Report on sanitation, dispensaries, and jails in Rajputana for 1913, and on vaccination for the year 1913-1914 - 1913-1914
Year: 1913
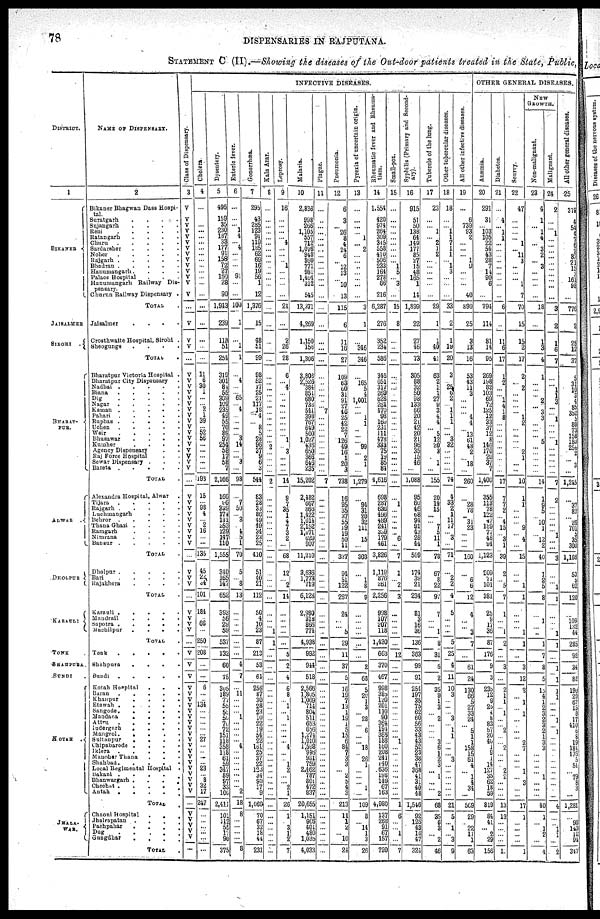
78
DISPENSARIES IN RAJPUTANA.
STATEMENT C (II).—Showing the diseases of the Out-door patients treated in the State, Public,
DISTRICT.
1
BIKANER
JAISALMER
SIROHI
.
BHARAT-
PUR.
ALWAR.
DHOLPUR
KARAULI
TONK .
SHAHPURA.
BUNDI .
KOTAH .
JHALA-
WAR.
NAME OF DISPENSARY.
2
Bikaner Bhagwan Dass Hospi-
tal.
Suratgarh
.
.
.
.
Sujangarh
.
.
.
.
Reni
.
.
.
.
.
Ratangarh
.
.
.
.
Churu
.
.
.
.
.
Sardarsher
. . . .
Noher
.
.
.
.
.
Rajgarh
.
.
.
.
Bhadran
.
.
.
.
.
Hanumangarh. . . .
Palace Hospital . . .
Hanumangarh Railway Dis-
pensary.
Churun Railway Dispensary .
TOTAL .
Jaisalmer
. . . .
Crosthwaite Hospital, Sirohi .
Sheogunge
.
.
.
.
TOTAL
.
Bharatpur Victoria Hospital .
Bharatpur City Dispensary .
Nadbai
.
.
.
.
.
Biana
.
.
.
.
.
Dig
.
.
.
.
.
Nagar
.
.
.
.
.
Kaman
.
.
.
.
.
Pahari
.
.
.
.
.
Rupbas
.
.
.
.
.
Uchen
.
.
.
.
.
Weir
.
.
.
.
.
Bhusawar
.
.
.
.
Kumher
.
.
.
.
Agency Dispensary
Raj Force Hospital . .
Sewar Dispensary .
Bareta
.
.
.
.
TOTAL .
Alexandra Hospital, Alwar .
Tijara
.
.
.
.
.
Rajgarh
.
.
.
.
.
Luchmangarh . . .
Behror
.
.
.
.
.
Thana Ghazi .
.
.
.
Ramgarh
.
.
.
.
Nimrana
. . . .
Bansur
.
.
.
.
.
TOTAL .
Dholpur
.
.
.
.
.
Bari
.
.
.
.
.
Rajakhera
.
.
.
.
TOTAL .
Karauli
.
.
.
.
.
Mandrail
.
.
.
.
Supotra .
.
.
.
.
Machilpur
.
.
.
.
TOTAL .
Tonk
.
.
.
.
.
Shahpura
.
.
.
.
Bundi
.
.
.
.
.
Kotah Hospital
. . .
Baran
.
.
.
.
.
Khanpur
.
.
.
.
Etawah .
. . .
.
Sangode
.
.
.
.
.
Mandana
.
.
.
.
Attru
.
. . . .
Indergarh . . . .
Mangrol
.
.
.
.
.
Sultanpur
.
.
.
.
Chipabarode
.
. . .
Iklera
.
.
.
.
.
Manoher Thana . . .
Shahbad
.
.
.
.
.
Local Regimental Hospital .
Bakani .
.
.
. .
Bhanwargarh .
.
.
.
Chechat .
.
.
. .
Autah
.
. . . .
TOTAL .
Chaoni Hospital
. . .
Jhalrapatan . . . .
Pachpahar
.
. . .
Dug . . . . .
Gungdhar
.
.
.
.
TOTAL .
Class of Dispensary.
3
V
V
V
V
V
V
V
V
V
V
V
V
V
V
...
V
V
V
...
V
V
V
V
V
V
V
V
V
V
V
V
V
V
V
V
V
...
V
V
V
V
V
V
V
V
V
...
V
V
V
...
V
V
V
V
...
V
V
V
V
V
V
V
V
V
V
V
V
V
V
V
V
V
V
V
V
V
V ... V V V V V ...
INFECTIVE DISEASES.
Cholera.
4
...
...
...
...
...
...
...
...
...
...
...
...
...
...
...
...
...
...
...
11
6
30
1
...
... 2
1
39
...
52 56
...
...
...
...
...
193
15
... 98
4
... 2
16
...
...
135
45
24 34
101
184
... 66
...
250
208
...
...
6
...
... 134
...
...
...
...
... 27
...
...
...
... 23
... 8
32
17
247
...
...
...
...
...
...
Dysentery.
5
496
159
35
230
187
33
177
91
158
72
27
169
28
90
1,943
239
118
51
254
319
301
84
55
309
169
235
49
55
70
89
97
254
58
17
58
7
2,166
166
96
339
174 141
253
129
147
110
1,555
340
165
147
652
393
56
29
59
537
132
60
75
305
189
77
55
55
55
76
72
151
118
358
118
61
59
347 89
97
33
106
2,411
101
112
--
17
90
375
Enteric fever.
6
...
...
... 1
4
... 4
...
...
...
... 91
...
...
100
1
...
1
1
...
4
...
... 65
... 4
...
...
...
... 3
14
...
... 3
...
93
...
7
50
... 3
... 4
5
1
70
5
... 8
13
...
...
...
...
...
...
4
7
...
11
...
...
... 1
...
...
...
... 4
...
...
...
...
...
...
... 2
18
8
...
...
...
...
8
Gonorrhœa.
7
295
43
285
123
91
119
185
62
69
16
19
56
1
12
1,376
15
48
51
99
98
52
17
25
21
117
18
4
... 8
5
28
96
37
9
6
3
544
83
28
33
86
49
49
34
23
25
410
51
40
21
112
50
4
10
23
87
213
53
64
256
87
30
28
23
10
22
19
54
22
161
25
37
22
123
34
90
17
9
1,069
70
67
32
18
44
231
Kala Azar.
8
...
...
...
...
...
...
...
...
...
...
...
...
...
...
...
...
...
...
...
...
...
...
...
...
...
...
...
...
...
...
... 2
...
...
...
...
2
...
...
...
...
...
...
...
...
...
...
...
...
...
...
...
...
... 1
1
...
...
...
...
...
...
...
...
...
...
...
...
...
...
...
...
...
...
...
...
...
...
...
...
...
...
...
...
...
Leprosy.
9
16
...
...
...
... 4
...
... 1
...
...
...
...
21
...
2
26
28
6
... 4
...
...
...
...
...
...
...
... 1
... 3
...
...
...
14
9
7
35
1
4
7
3
2
...
68
12
... 2
11
...
...
...
...
...
5
2
4
6
8
... 1
... 1
...
...
...
... 4
...
... 1
2
...
... 2
1
26
1
... 3 1
2
7
Malaria.
10
2,836
998
266
1,105
557
712
1,076
948
860
771
981
1,404
312
545
13,371
4,269
1,150
156
1,306
3,808
2,526
384
851
680
738
541
398
767
649
500
1,027
436
650
366
646
235
15,202
2,482
667
866
1,422
1,014
2,152
1,071
629 907
11,210
3,636
1,773
719
6,128
2,980
318
866
774
4,938
992
944
518
2,566
1,805
1,969
714
804
511
653
656
1,274
1,010
1,598
946
931
759
2,462
787 801
472
837
20,655
1, 151
965
401
480
1,035
4,033
Plague.
11
...
...
...
...
...
...
...
...
...
...
...
...
...
...
...
...
...
...
...
...
...
...
...
...
... 7
...
...
...
...
...
...
...
...
...
...
7
...
...
...
...
...
...
...
...
...
...
...
...
...
...
...
...
...
...
...
...
...
...
...
... ...
...
...
...
...
...
...
...
...
...
...
...
...
...
...
...
...
...
...
...
...
...
...
...
Pneumonia.
12
6
3
... 26
8
4
24
6
... 12
13
...
10
13
115
6
11
16
27
109
63
60
31
91
27
46
25
42
22
7
126
49
16
1
20
3
738
16
95
35
37
55
19
19
50
11
337
94
51
122
267
24
...
...
5
29
11
37
5
16
19
7
13
1
19
1
5
15
6
84
7
3
3
... 2
5
4
3
213
11
1
2
... 10
24
Pyrexia of uncertain origin.
13
...
...
...
... 1
... 2
...
...
...
...
...
...
...
3
1
...
346
346
...
165
5
4
1,001
...
... 1
1
...
...
...
99
... 2
1
...
1,279
...
94
31
20
32
111
...
15
...
303
...
1
8
9
...
...
...
...
...
...
2
68
5
20
1
3
... 28
... 6
...
... 18
... 26
1
...
...
1 1
...
109
8
... 14
1
3
26
Rheumatic fever and Rheuma-
tism.
14
1,554
420
974
264
309
345
558
410
506
233
164
278
66
216
6,287
276
352
234
586
346
651
317
269
628
261
470
98
160
231
111
478
333
75
19
85
84
4,616
698
287
636
496
489
241
339
179
461
3,826
1,119
876
261
2,256
998
107
207
118
1,430
663
370
467
998
385
120
201
110
90
364
194
368
138
150
208
241
140
636
198
149 67
163
4,980
137
268
91
67
157
720
Small-pox.
15
...
...
...
...
...
...
...
...
... 1
5
... 3
...
15
8
...
...
...
...
...
...
...
...
...
...
...
...
...
...
...
...
...
...
...
...
...
...
1
...
...
...
...
... 6
...
7
1
... 2
3
...
...
...
...
...
12
...
...
...
...
...
...
...
...
...
...
... 1
...
...
...
...
...
...
...
...
...
1
6
...
... 1
...
7
Syphilis (Primary and Second-
ary).
16
915
51
50
138
64
149
177
85
27
15
48
165
1
14
1,899
22
27
46
73
305
88
32
50
98
133
66
20
21
42
20
21
96
35
15
46
1,088
95
60
46
68
94
91
43
28
44
569
174
39
21
234
31
3
16
36
136
363
99
91
254
197
35
75
62
60
56
33
43
43
52
23
38
47
368
41
31
40
48
1,546
92
128
43
16
47
324
Tubercle of the lung.
17
23
...
... 1
... 2
1
2
...
...
...
...
...
...
29
1
1
40
41
63
2
1
1
27
9
3
4
4
... 5
12
20
3
... 1
...
155
20
19
15
...
... 7
5
11
1
78
67
8
22
97
7
...
...
1
8
31
6
2
35
9
1
3
... 2
...
...
... 3
6
1
2
3
... 1
...
... 2
68
35
6
3
... 2
46
Other tubercular diseases.
18
18
...
... 1
1
7
1
1
... 1
3
...
...
...
33
2
1
19
20
3
... 25
6
2
... 1
1
1
...
... 3
32
...
...
...
...
74
4
33
2
1
11
17
... 3
...
71
...
2
2
4
5
...
...
...
5
25
4
11
10
3
...
...
... 3
... 1
1
...
...
... 3
...
...
...
...
...
...
21
5
... 1
... 3
9
All other infective diseases.
19
...
6
739
93
2
...
...
... 1
9
...
...
...
40
890
25
3
13
16
53
43
11
3
...
...
... 4
4
... 13
61
48
2
... 18
...
260
...
28
78
... 31
23
...
...
...
160
...
6
6
12
4
...
...
3
7
...
61
24
130
66
5
27
33
24
... 5
1
1
158
15
61
4
... 1
4
34
...
569
29
... 22
11
1
63
OTHER GENERAL DISEASES.
Anæmia.
20
291
31
... 103
105
22
54
43
28
7
14
90
6
...
794
114
81
14
95
269
198
82
103
69
72
125
12
33
37
12
8
146
170
20
37
7
1,400
355
113
78
122
47
189
77
48
94
1,123
209
71
101
381
25
9
17
36
87
176
9
3
235
12
9
25
4
8
83
57
20
46
1
9
1
14
127
35
62
18
59
819
84
41
... 2
29
156
Diabetes.
21
...
4
... 1
1
...
...
...
...
...
...
...
...
...
6
...
11
6
17
1
2
...
... 1
4
1
8
...
...
...
...
...
...
...
...
...
17
7
7
2
... 4
15
... 3
1
39
2
... 5
7
1
...
...
1
2
...
3
...
2
1
1
... 1
...
... 2
...
... 2
...
...
... 2
2
...
...
...
13
13
...
...
...
...
10
Scurvy.
22
47
...
...
...
... 1
... 11
3
...
... ... 1
7
70
15
15
2
17
2
... 2
...
...
...
... 1
2
...
...
...
... 2
1
...
...
10
1
1
...
...
... 9
... 4
...
15
...
... 1
1
...
...
...
1
1
...
3
12
2
... 1
... 1
...
...
...
... 2
7
...
...
... 1
... 3
...
...
17
1
...
...
...
...
1
NEW
GROWTH.
Non-malignant.
23
4
1
... 1
4
... 3
2
... 3
...
...
...
...
18
...
1
3
4
1
...
...
... 2
... 3
3
...
...
...
5
...
...
...
...
...
14
1
9
5
...
10
1
...
12
2
40
1
2
5
8
...
1
...
...
1
7
8
5
15
4
1 2
3
2
3
2
1
3
3
...
...
...
... 1
...
...
...
40
1
... 1
2
...
4
Malignant.
24
2
...
... 1
...
...
...
...
...
...
...
...
...
...
3
2
1
6
7
...
...
1
1
3
...
...
1
...
...
...
1
...
...
...
...
...
7
2
...
...
...
...
...
1 1
...
3
...
...
1
1
...
...
...
1
1
...
1
1
1
1
...
...
...
1
...
1
...
...
...
...
...
...
...
...
...
...
...
4
...
... 1
1
...
2
All other general diseases.
25
319
4
54
4 7
6
2
82
21
15
3
161
98
...
776
2
25
12
37
31
10
3
4
85
352
5
80
73
158
180
254 2
...
3
...
1,245
...
37
32
...
26
701
5
35
300
1,186
53
5
62
120
...
109
132
44
285
92
34
82
196
29
67
15
3
17
410
6
8
19
184
176
5
51
...
79
8
3
...
1,281
...
98
143
12
94
347